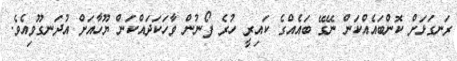
ރަނގަޅަށް ކޮންބައެއްކަން ނޭގޭ ބައެއްގެ ކައިރީ ހުރެ ފޯނުން ވާހަކަދައްކަން ޔޫހާއަށް އުދަނގޫވިއެވެ.